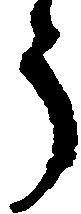
う